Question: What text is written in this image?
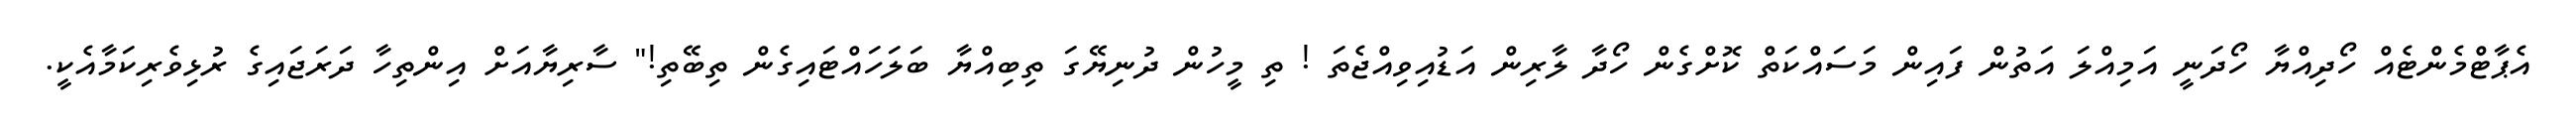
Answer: އެޕާޓްމެންޓެއް ހޯދިއްޔާ ހޯދަނީ އަމިއްލަ އަތުން ފައިން މަސައްކަތް ކޮށްގެން ހޯދާ ލާރިން އަޑުއިވިއްޖެތަ ! ތި މީހުން ދުނިޔޭގަ ތިބިއްޔާ ބަލަހައްޓައިގެން ތިބޭތި!" ސާރިޔާއަށް އިންތިހާ ދަރަޖައިގެ ރުޅިވެރިކަމާއެކީ.